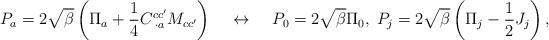
LaTeX: \begin{align*}P_a=2\sqrt {\beta}\left(\Pi_a+\frac{1}{4}C^{cc'}_{\;\cdot a}M_{cc'}\right)\;\;\;\;\leftrightarrow\;\;\;\;P_0=2\sqrt {\beta}\Pi_0,\;P_j=2\sqrt {\beta}\left(\Pi_j-\frac{1}{2}J_j\right),\end{align*}